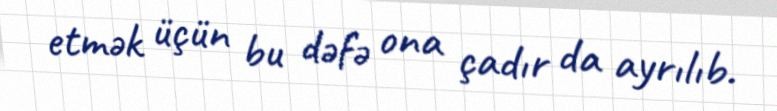
etmək üçün bu dəfə ona çadır da ayrılıb.